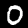
Label: 0